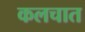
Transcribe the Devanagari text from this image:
कलचात